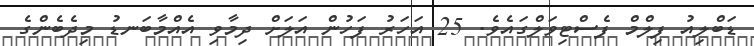
ޑަބްލިއު ފިލްމް ފެސްޓިވަލްގައެވެ. 25 އަހަރު ފަހުން އަލަށް ދިމާވި އެއްމާބަނޑު މިދެބެންގެ